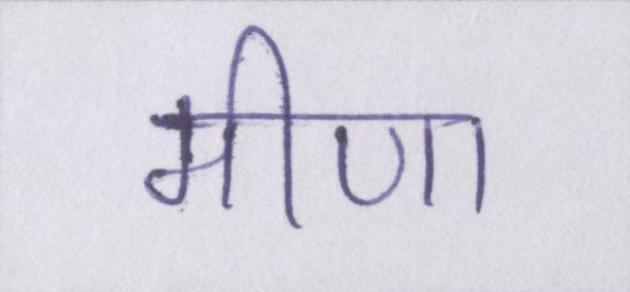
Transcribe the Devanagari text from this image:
मीणा